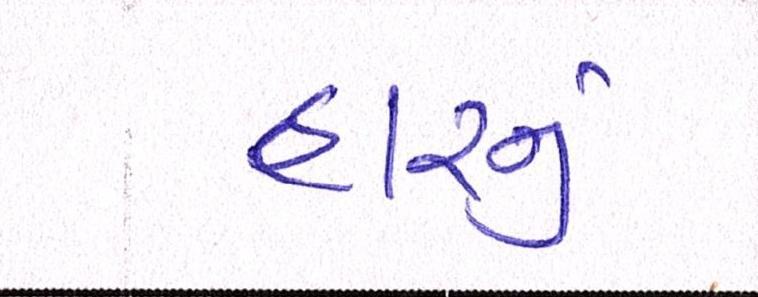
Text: હારનું